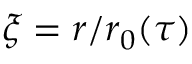
\xi = r / r _ { 0 } ( \tau )